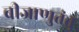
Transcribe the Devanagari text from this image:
बीजाणुतंतु